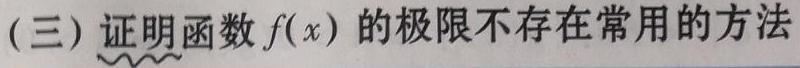
(三) 证明函数 \(f(x)\) 的极限不存在常用的方法